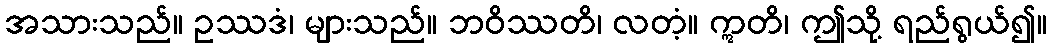
အသားသည်။ ဥဿဒံ၊ များသည်။ ဘဝိဿတိ၊ လတံ့။ ဣတိ၊ ဤသို့ ရည်ရွယ်၍။